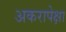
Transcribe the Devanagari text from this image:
अकरापेक्षा